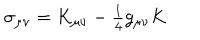
LaTeX: \sigma _ { \mu \nu } = K _ { \mu \nu } - { \textstyle \frac { 1 } { 4 } } g _ { \mu \nu } K